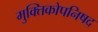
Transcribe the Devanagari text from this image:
मुक्तिकोपनिषद